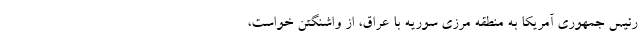
رئیس جمهوری آمریکا به منطقه مرزی سوریه با عراق، از واشنگتن خواست،